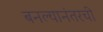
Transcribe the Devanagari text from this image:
बनल्यानंतरची